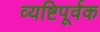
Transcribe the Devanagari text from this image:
व्यष्टिपूर्वक